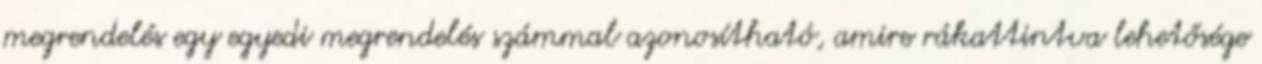
megrendelés egy egyedi megrendelés számmal azonosítható, amire rákattintva lehetősége